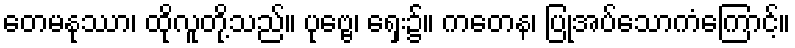
တေမနုဿာ၊ ထိုလူတို့သည်။ ပုဗ္ဗေ၊ ရှေး၌။ ကတေန၊ ပြုအပ်သောကံကြောင့်။